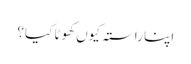
اپنا راستہ کیوں کھوٹا کیا؟